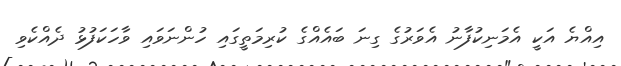
އިއްޔެ އަކީ އެމަނިކުފާނު އެވަރުގެ ގިނަ ބައެއްގެ ކުރިމަތީގައި ހުންނަވައި ވާހަކަފުޅު ދެއްކެވި